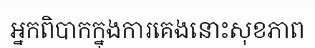
អ្នកពិបាកក្នុងការគេងនោះសុខភាព